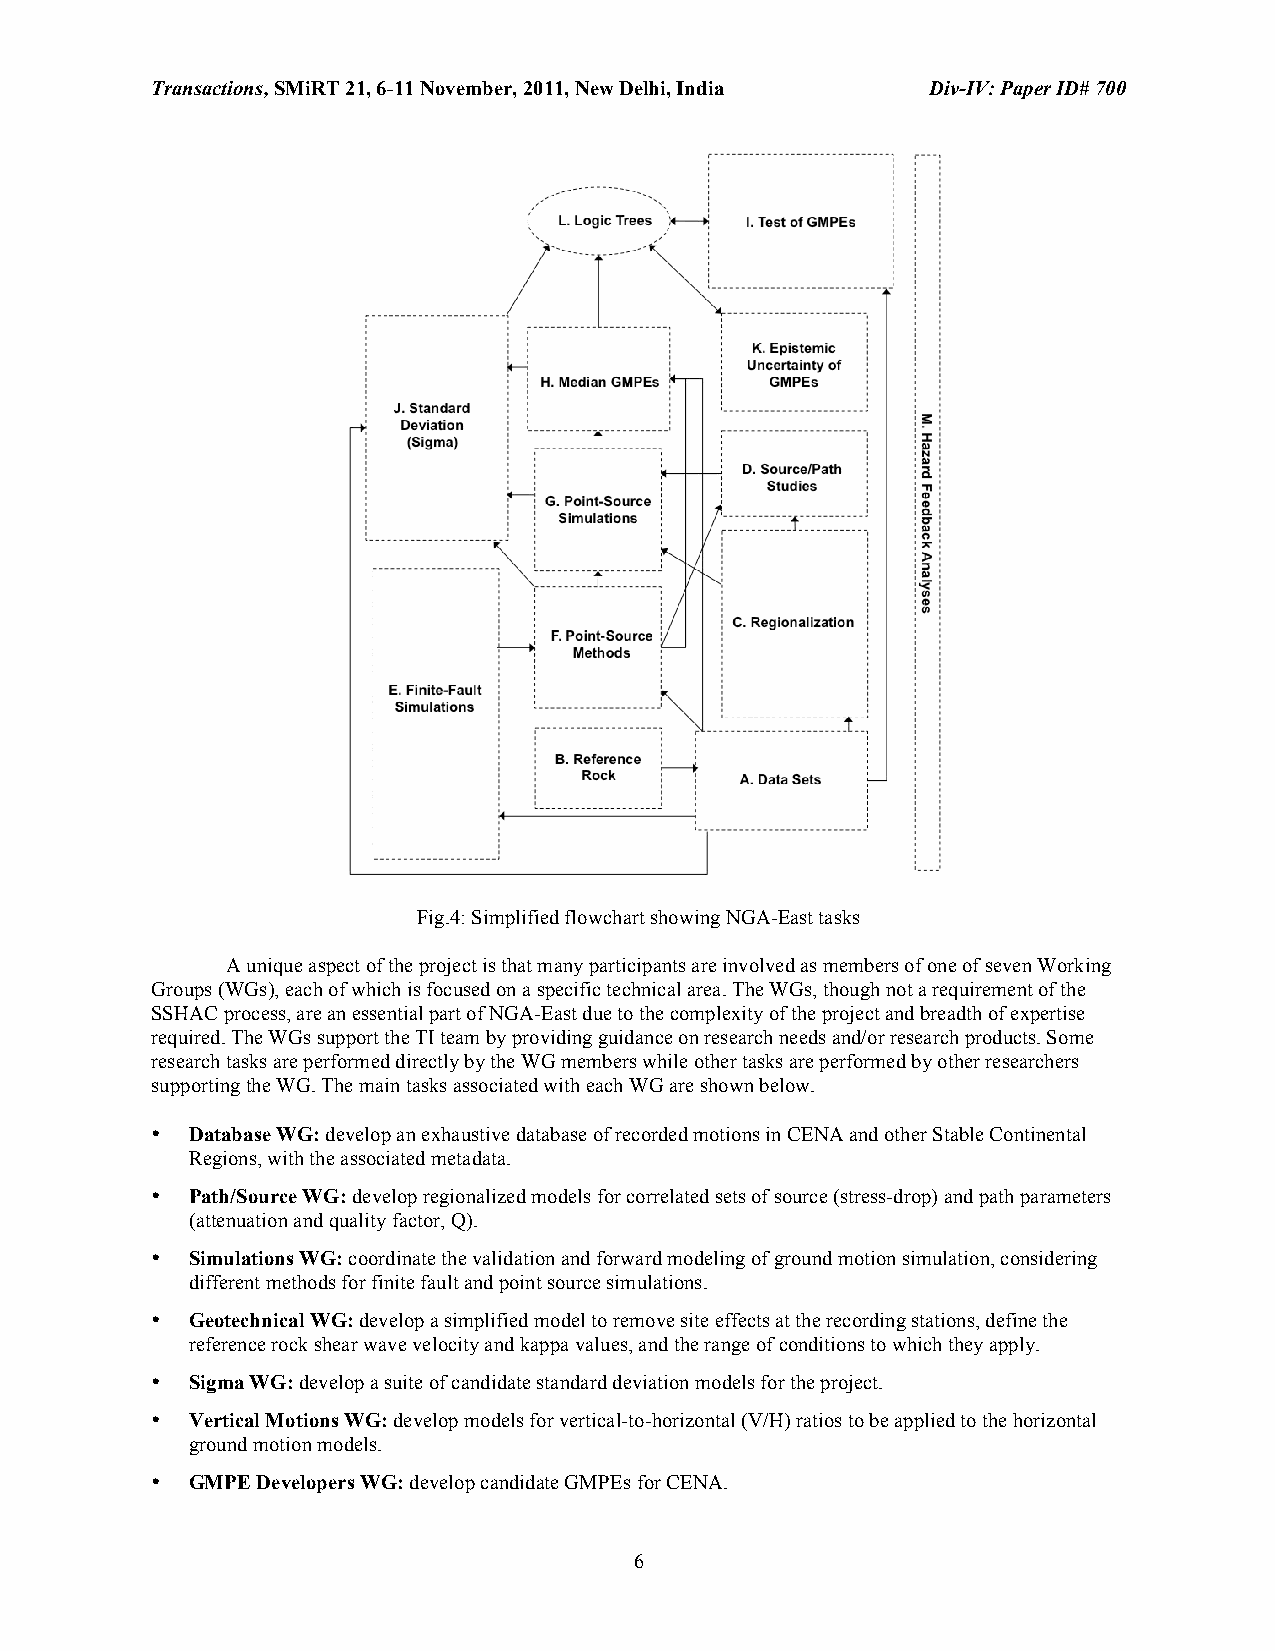
Transactions, SMiRT 21, 6-11 November, 2011, New Delhi, India Div-IV: Paper ID# 700
 Fig.4: Simplified flowchart showing NGA-East tasks
 A unique aspect of the project is that many participants are involved as members of one of seven Working
 Groups (WGs), each of which is focused on a specific technical area. The WGs, though not a requirement of the
 SSHAC process, are an essential part of NGA-East due to the complexity of the project and breadth of expertise
 required. The WGs support the TI team by providing guidance on research needs and/or research products. Some
 research tasks are performed directly by the WG members while other tasks are performed by other researchers
 supporting the WG. The main tasks associated with each WG are shown below.
 • Database WG: develop an exhaustive database of recorded motions in CENA and other Stable Continental
 Regions, with the associated metadata.
 • Path/Source WG: develop regionalized models for correlated sets of source (stress-drop) and path parameters
 (attenuation and quality factor, Q).
 • Simulations WG: coordinate the validation and forward modeling of ground motion simulation, considering
 different methods for finite fault and point source simulations.
 • Geotechnical WG: develop a simplified model to remove site effects at the recording stations, define the
 reference rock shear wave velocity and kappa values, and the range of conditions to which they apply.
 • Sigma WG: develop a suite of candidate standard deviation models for the project.
 • Vertical Motions WG: develop models for vertical-to-horizontal (V/H) ratios to be applied to the horizontal
 ground motion models.
 • GMPE Developers WG: develop candidate GMPEs for CENA.
 6